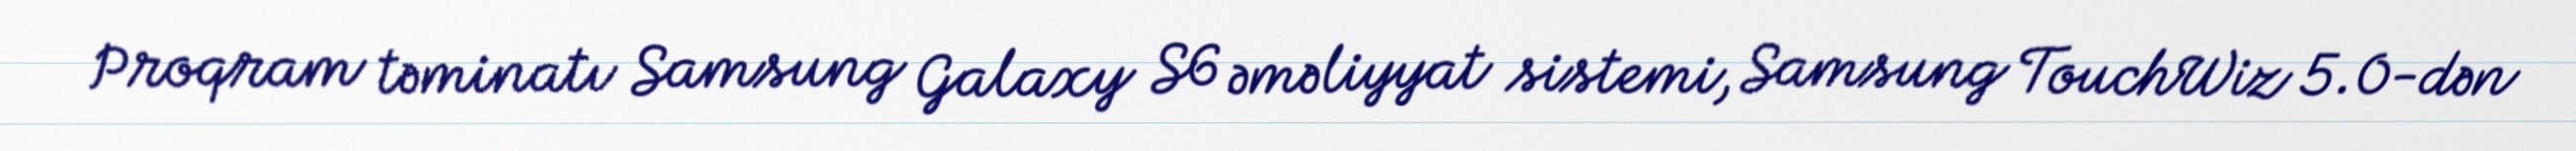
Proqram təminatı Samsung Galaxy S6 əməliyyat sistemi, Samsung TouchWiz 5.0-dən